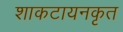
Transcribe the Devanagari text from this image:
शाकटायनकृत